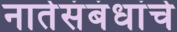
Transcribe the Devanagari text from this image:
नातेसंबंधांचे